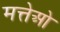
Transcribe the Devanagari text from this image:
मत्तेओ